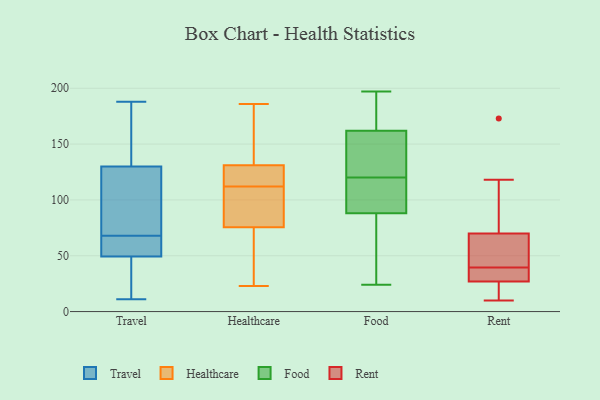
{"axis": {"x": "Market Share (%)", "y": "Value"}, "legend": ["Food", "Healthcare", "Rent", "Travel"], "data": [{"x": "", "y": 68, "type": "Travel"}, {"x": "", "y": 11, "type": "Travel"}, {"x": "", "y": 102, "type": "Travel"}, {"x": "", "y": 66, "type": "Travel"}, {"x": "", "y": 22, "type": "Travel"}, {"x": "", "y": 188, "type": "Travel"}, {"x": "", "y": 32, "type": "Travel"}, {"x": "", "y": 148, "type": "Travel"}, {"x": "", "y": 178, "type": "Travel"}, {"x": "", "y": 73, "type": "Travel"}, {"x": "", "y": 55, "type": "Travel"}, {"x": "", "y": 67, "type": "Travel"}, {"x": "", "y": 156, "type": "Travel"}, {"x": "", "y": 58, "type": "Travel"}, {"x": "", "y": 19, "type": "Travel"}, {"x": "", "y": 94, "type": "Travel"}, {"x": "", "y": 124, "type": "Travel"}, {"x": "", "y": 73, "type": "Healthcare"}, {"x": "", "y": 56, "type": "Healthcare"}, {"x": "", "y": 23, "type": "Healthcare"}, {"x": "", "y": 130, "type": "Healthcare"}, {"x": "", "y": 148, "type": "Healthcare"}, {"x": "", "y": 186, "type": "Healthcare"}, {"x": "", "y": 132, "type": "Healthcare"}, {"x": "", "y": 108, "type": "Healthcare"}, {"x": "", "y": 125, "type": "Healthcare"}, {"x": "", "y": 78, "type": "Healthcare"}, {"x": "", "y": 114, "type": "Healthcare"}, {"x": "", "y": 110, "type": "Healthcare"}, {"x": "", "y": 153, "type": "Food"}, {"x": "", "y": 111, "type": "Food"}, {"x": "", "y": 77, "type": "Food"}, {"x": "", "y": 129, "type": "Food"}, {"x": "", "y": 159, "type": "Food"}, {"x": "", "y": 65, "type": "Food"}, {"x": "", "y": 195, "type": "Food"}, {"x": "", "y": 84, "type": "Food"}, {"x": "", "y": 165, "type": "Food"}, {"x": "", "y": 197, "type": "Food"}, {"x": "", "y": 108, "type": "Food"}, {"x": "", "y": 145, "type": "Food"}, {"x": "", "y": 24, "type": "Food"}, {"x": "", "y": 92, "type": "Food"}, {"x": "", "y": 98, "type": "Food"}, {"x": "", "y": 185, "type": "Food"}, {"x": "", "y": 173, "type": "Rent"}, {"x": "", "y": 30, "type": "Rent"}, {"x": "", "y": 22, "type": "Rent"}, {"x": "", "y": 10, "type": "Rent"}, {"x": "", "y": 70, "type": "Rent"}, {"x": "", "y": 118, "type": "Rent"}, {"x": "", "y": 39, "type": "Rent"}, {"x": "", "y": 40, "type": "Rent"}, {"x": "", "y": 69, "type": "Rent"}, {"x": "", "y": 27, "type": "Rent"}]}